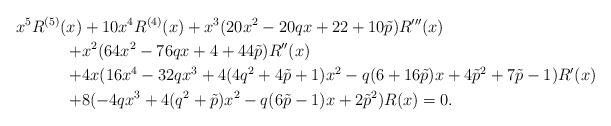
LaTeX: \begin{align*}x^5R^{(5)}(x)&+10x^4R^{(4)}(x)+x^3(20x^2-20qx+22+10\tilde{p})R{'''}(x)\\+&x^2(64x^2-76qx+4+44\tilde{p})R{''}(x)\\+&4x(16x^4-32qx^3+4(4q^2+4\tilde{p}+1)x^2-q(6+16\tilde{p})x+4\tilde{p}^2+7\tilde{p}-1)R{'}(x)\\+&8(-4qx^3+4(q^2+\tilde{p})x^2-q(6\tilde{p}-1)x+2\tilde{p}^2)R(x)=0.\end{align*}